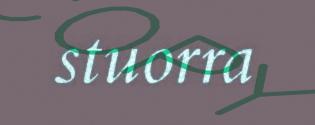
stuorra